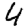
Digit: 4